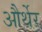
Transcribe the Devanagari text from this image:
और्थेर